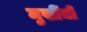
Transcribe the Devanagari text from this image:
मुखींची